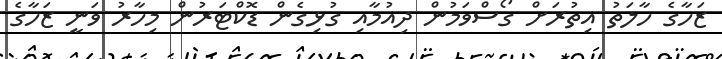
ޒަހާގެ ހާލަތު އިތުރަށް ގޯސްވަމުން ދިއުމާއި ގުޅިގެން ޑޮކްޓަރުން މިހާރު ވަނީ ޒަހާގެ